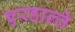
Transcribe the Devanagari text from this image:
एरहाल्ते